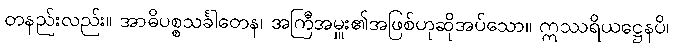
တနည်းလည်း။ အာဓိပစ္စသင်္ခါတေန၊ အကြီအမှူး၏အဖြစ်ဟုဆိုအပ်သော။ ဣဿရိယဋ္ဌေနပိ၊